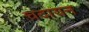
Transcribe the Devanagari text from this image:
चदायन